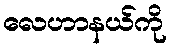
လေဟာနယ်ကို